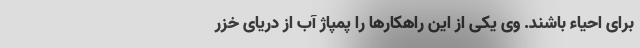
برای احیاء باشند. وی یکی از این راهکارها را پمپاژ آب از دریای خزر